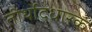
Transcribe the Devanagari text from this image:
तीर्थोद्धारक